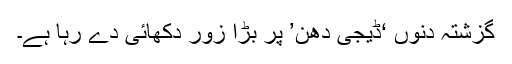
گزشتہ دنوں ‘ڈیجی دھن’ پر بڑا زور دکھائی دے رہا ہے۔